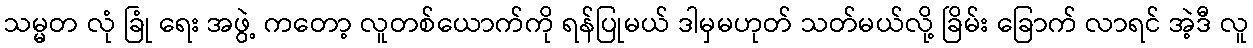
သမ္မတ လုံ ခြုံ ရေး အဖွဲ့ ကတော့ လူတစ်ယောက်ကို ရန်ပြုမယ် ဒါမှမဟုတ် သတ်မယ်လို့ ခြိမ်း ခြောက် လာရင် အဲ့ဒီ လူ